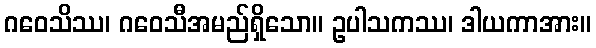
ဂဝေသိဿ၊ ဂဝေသီအမည်ရှိသော။ ဥပါသကဿ၊ ဒါယကာအား။